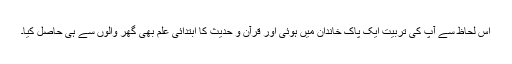
اس لحاظ سے آپ کی تربیت ایک پاک خاندان میں ہوئی اور قرآن و حدیث کا ابتدائی علم بھی گھر والوں سے ہی حاصل کیا۔